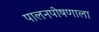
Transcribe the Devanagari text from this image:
पालनपोषणाला